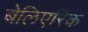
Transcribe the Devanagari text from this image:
बेलिएरिक